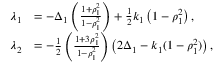
\begin{array} { r l } { \lambda _ { 1 } } & { = - \Delta _ { 1 } \left( \frac { 1 + \rho _ { 1 } ^ { 2 } } { 1 - \rho _ { 1 } ^ { 2 } } \right) + \frac { 1 } { 2 } k _ { 1 } \left( 1 - \rho _ { 1 } ^ { 2 } \right) , } \\ { \lambda _ { 2 } } & { = - \frac { 1 } { 2 } \left( \frac { 1 + 3 \rho _ { 1 } ^ { 2 } } { 1 - \rho _ { 1 } ^ { 2 } } \right) \left( 2 \Delta _ { 1 } - k _ { 1 } ( 1 - \rho _ { 1 } ^ { 2 } ) \right) , } \end{array}